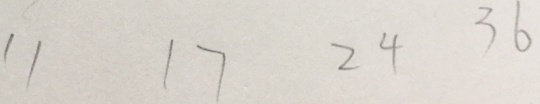
1 1 1 7 2 4 3 6